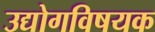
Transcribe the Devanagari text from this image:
उद्योगविषयक